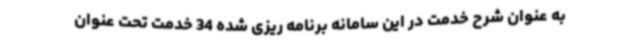
به عنوان شرح خدمت در این سامانه برنامه ریزی شده 34 خدمت تحت عنوان